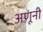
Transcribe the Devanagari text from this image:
अणूंनी